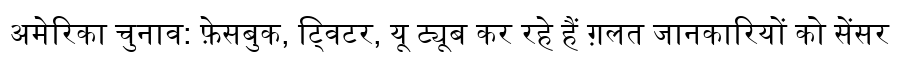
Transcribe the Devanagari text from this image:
अमेरिका चुनाव: फ़ेसबुक, ट्विटर, यू ट्यूब कर रहे हैं ग़लत जानकारियों को सेंसर